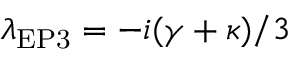
\lambda _ { \mathrm { { E P 3 } } } = - i ( \gamma + \kappa ) / 3